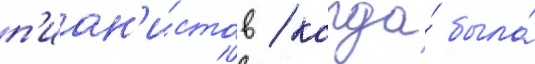
п'иан'и́стов / когда́ была́